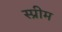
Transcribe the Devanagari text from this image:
स्प्रीम